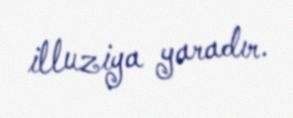
illuziya yaradır.